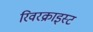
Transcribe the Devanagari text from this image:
रिवरक्राइस्ट